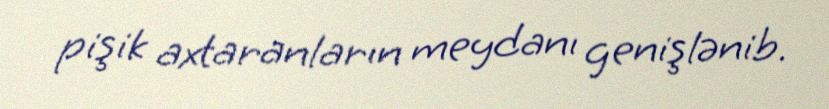
pişik axtaranların meydanı genişlənib.